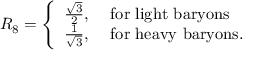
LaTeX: R _ { 8 } = \left\{ \begin{array} { c l } { { \frac { \sqrt 3 } { 2 } , } } & { { \mathrm { ~ f o r ~ l i g h t ~ b a r y o n s } } } \\ { { \frac { 1 } { \sqrt 3 } , } } & { { \mathrm { ~ f o r ~ h e a v y ~ b a r y o n s } . } } \end{array} \right.